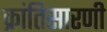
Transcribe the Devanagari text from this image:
क्रांतिसारणी